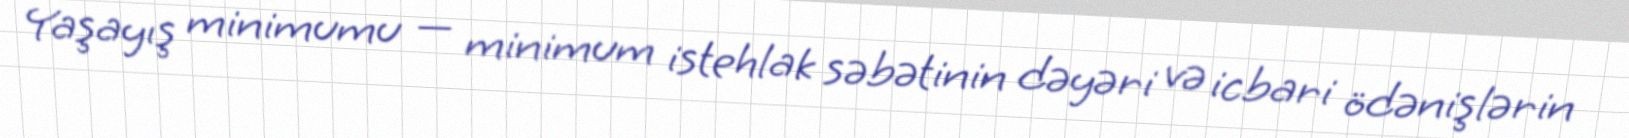
Yaşayış minimumu — minimum istehlak səbətinin dəyəri və icbari ödənişlərin